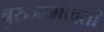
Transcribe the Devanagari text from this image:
बुरुजाभोवती